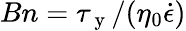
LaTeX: Bn=\tau_{\mathrm{~y~}}/(\eta_{0}\dot{\epsilon})